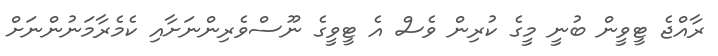
ރާއްޖެ ޓީވީން ބުނީ މީގެ ކުރިން ވެސް އެ ޓީވީގެ ނޫސްވެރިންނަށާއި ކެމެރާމަނުންނަށް